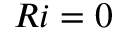
R i = 0